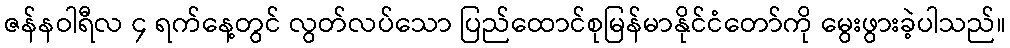
ဇန်နဝါရီလ ၄ ရက်နေ့တွင် လွတ်လပ်သော ပြည်ထောင်စုမြန်မာနိုင်ငံတော်ကို မွေးဖွားခဲ့ပါသည်။